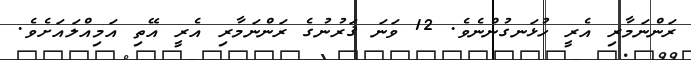
ރަންނަމާރި އެރީ ހުޅަނގުންނެވެ. 12 ވަނަ ޤަރުނުގެ ރަންނަމާރި އެރީ އޭތި އަމިއްލައަށެވެ.